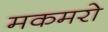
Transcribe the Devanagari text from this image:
मकमरो